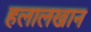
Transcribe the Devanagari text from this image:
हलालखान